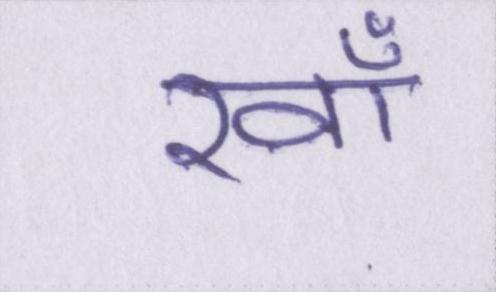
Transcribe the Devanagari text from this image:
रवाँ